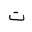
Letter: _ta